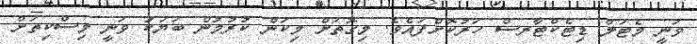
ވަނީ މެޓަލް ޑިޓެކްޓާރސް ހަރުކޮށްފައެވެ. މިގޮތަށް މިކަން ކުރުމުން ބަޔަކު ވަނީ މިސްކިތަށް